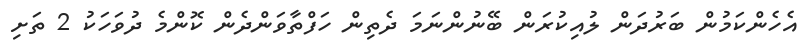
އެހެންކަމުން ބަރުދަން ލުއިކުރަން ބޭނުންނަމަ ދެތިން ހަފްތާވަންދެން ކޮންމެ ދުވަހަކު 2 ތަށި